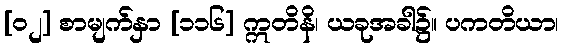
[၀၂] စာမျက်နှာ [၁၁၆] ဣတိနိ၊ ယခုအခါ၌။ ပကတိယာ၊